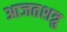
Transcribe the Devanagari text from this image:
आजतशत्रु